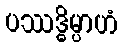
ပဿဒ္ဓိမ္ပာဟံ